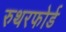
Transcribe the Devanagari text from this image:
रुथरफोर्ड